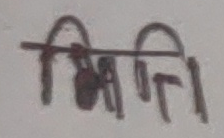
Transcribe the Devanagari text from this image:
मितिथिति